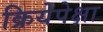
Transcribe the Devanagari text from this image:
क्रियेपेक्षा